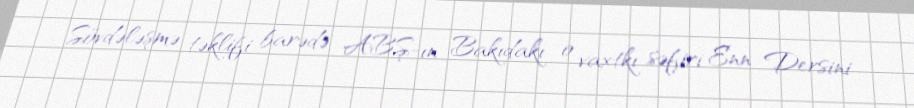
Sövdələşmə təklifi barədə ABŞ-ın Bakıdakı o vaxtkı səfiri Enn Dersini